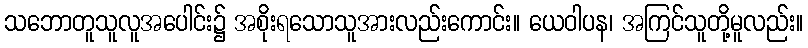
သဘောတူသူလူအပေါင်း၌ အစိုးရသောသူအားလည်းကောင်း။ ယေဝါပန၊ အကြင်သူတို့မူလည်း။